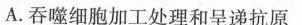
A.吞噬细胞加工处理和呈递抗原